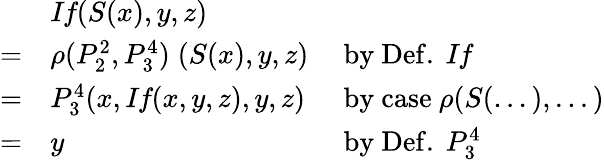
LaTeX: {\begin{array}{lll}&{{\textit{If}}(S(x),y,z)}\\ {=}&{\rho(P_{2}^{2},P_{3}^{4})\; (S(x),y,z)}&{{\mathrm{~by~Def.~}}{\textit{If}}}\\ {=}&{P_{3}^{4}(x,{\textit{If}}(x,y,z),y,z)}&{{\mathrm{~by~case~}}\rho(S(...),...)}\\ {=}&{y}&{{\mathrm{~by~Def.~}}P_{3}^{4}}\end{array}}